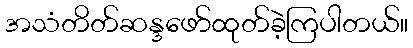
အသံတိတ်ဆန္ဒဖော်ထုတ်ခဲ့ကြပါတယ်။